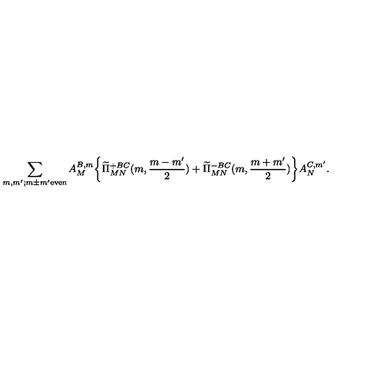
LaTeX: \sum _ { m , m ^ { \prime } ; m \pm m ^ { \prime } \mathrm { e v e n } } A _ { M } ^ { B , m } \biggl \{ \widetilde \Pi _ { M N } ^ { + B C } ( m , \frac { m - m ^ { \prime } } { 2 } ) + \widetilde \Pi _ { M N } ^ { - B C } ( m , \frac { m + m ^ { \prime } } { 2 } ) \biggr \} A _ { N } ^ { C , m ^ { \prime } } .